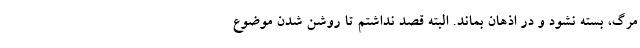
مرگ، بسته نشود و در اذهان بماند. البته قصد نداشتم تا روشن شدن موضوع